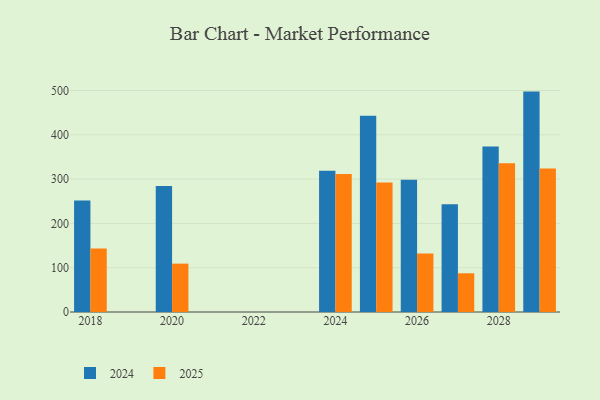
{"axis": {"x": "Year", "y": "Latency (ms)"}, "legend": ["2024", "2025"], "data": [{"x": "2027", "y": 87.4, "type": "2025"}, {"x": "2027", "y": 243.3, "type": "2024"}, {"x": "2028", "y": 335.9, "type": "2025"}, {"x": "2028", "y": 373.9, "type": "2024"}, {"x": "2020", "y": 109.2, "type": "2025"}, {"x": "2020", "y": 284.3, "type": "2024"}, {"x": "2024", "y": 311.7, "type": "2025"}, {"x": "2024", "y": 318.8, "type": "2024"}, {"x": "2018", "y": 143.5, "type": "2025"}, {"x": "2018", "y": 251.8, "type": "2024"}, {"x": "2025", "y": 292.1, "type": "2025"}, {"x": "2025", "y": 443.0, "type": "2024"}, {"x": "2029", "y": 323.8, "type": "2025"}, {"x": "2029", "y": 497.6, "type": "2024"}, {"x": "2026", "y": 132.3, "type": "2025"}, {"x": "2026", "y": 298.8, "type": "2024"}]}